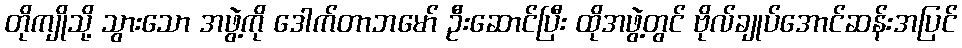
တိုကျိုသို့ သွားသော အဖွဲ့ကို ဒေါက်တာဘမော် ဦးဆောင်ပြီး ထိုအဖွဲ့တွင် ဗိုလ်ချုပ်အောင်ဆန်းအပြင်